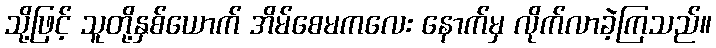
သို့ဖြင့် သူတို့နှစ်ယောက် အိမ်စေမကလေး နောက်မှ လိုက်လာခဲ့ကြသည်။